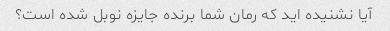
آیا نشنیده اید که رمان شما برنده جایزه نوبل شده است؟